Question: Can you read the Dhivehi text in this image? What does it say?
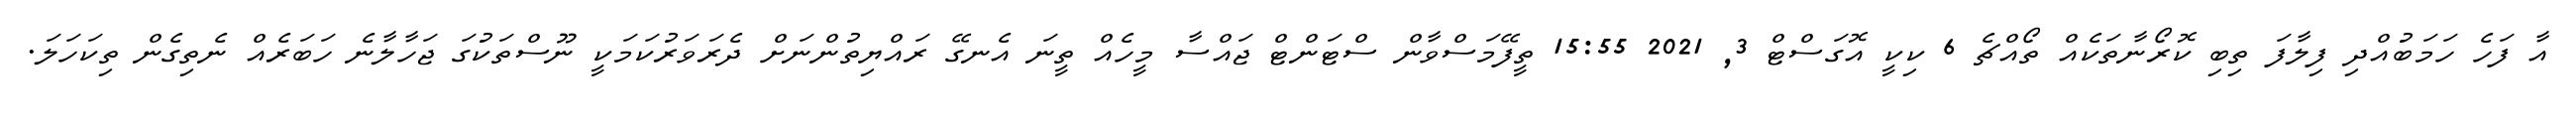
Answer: އާ ފަހެ ހަމަބުއްދި ފިލާފަ ތިބި ކޮރޯނާތަކެއް ތޯއްޗެ 6 ކިކީ އޮގަސްޓް 3, 2021 15:55 ތީފޭމަސްވާން ސްޓަންޓް ޖައްސާ މީހެއް ތީނަ އެނގޭ ރައްޔިތުންނަށް ދެރަވަރުކަމަކީ ނޫސްތަކުގަ ޖަހާލާނެ ހަބަރެއް ނެތިގެން ތިކަހަލަ.